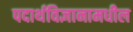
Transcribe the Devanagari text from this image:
पदार्थविज्ञानामधील